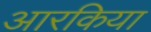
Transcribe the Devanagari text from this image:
आरकिया